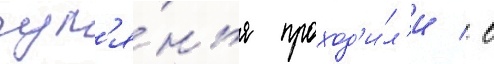
гул'я́нья проход'и́л'и / в